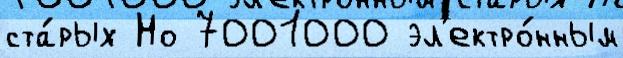
ста́рых Но 7001000 эл'ектро́нным